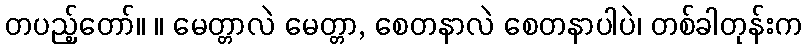
တပည့်တော်။ ။ မေတ္တာလဲ မေတ္တာ, စေတနာလဲ စေတနာပါပဲ၊ တစ်ခါတုန်းက